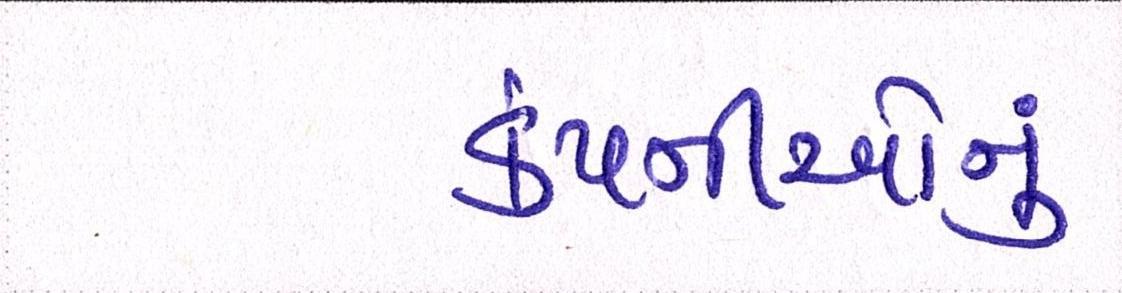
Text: કંપનીઓનું